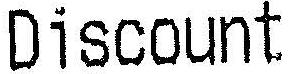
DISCOUNT